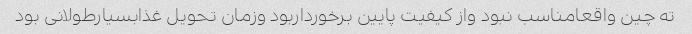
ته چین واقعامناسب نبود واز کیفیت پایین برخورداربود وزمان تحویل غذابسیارطولانی بود